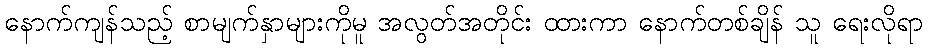
နောက်ကျန်သည့် စာမျက်နှာများကိုမူ အလွတ်အတိုင်း ထားကာ နောက်တစ်ချိန် သူ ရေးလိုရာ